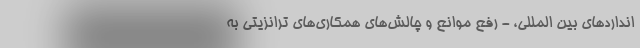
انداردهای بین المللی، - رفع موانع و چالش‌های همکاری‌های ترانزیتی به